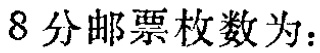
$8$分邮票枚数为：